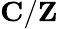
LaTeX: \mathbf{C}/\mathbf{Z}